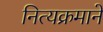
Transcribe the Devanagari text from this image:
नित्यक्रमाने